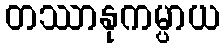
တဿာနုကမ္ပာယ